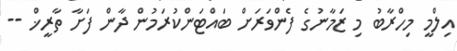
އިލްމީ މިހްރާބު މި ޒަމާނުގެ ފެންވަރަށް ބައްޓަންކުރަމުން ދާން ފަށާ ތާރީޚް --